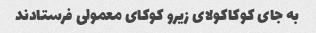
به جای کوکاکولای زیرو کوکای معمولی فرستادند